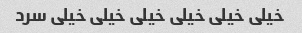
خیلی خیلی خیلی خیلی خیلی خیلی سرد